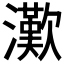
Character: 𤁤